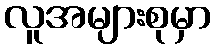
လူအများစုမှာ